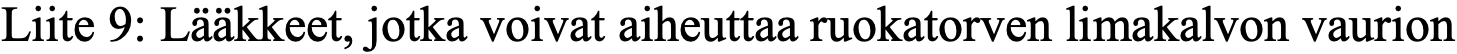
Liite 9: Lääkkeet, jotka voivat aiheuttaa ruokatorven limakalvon vaurion